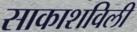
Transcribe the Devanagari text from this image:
साकाशविली